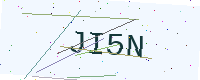
Text: JI5N